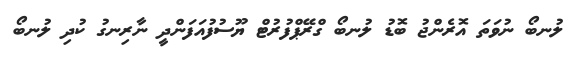
ލުނބޯ ނުވަތަ އޮރެންޖު ބޮޑު ލުނބޯ ގްރޭޕްފުރުޓް ޔޫސުފުއަފަންދީ ނާރިނގު ކުދި ލުނބޯ